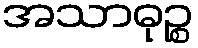
အသာဓုဉ္စ